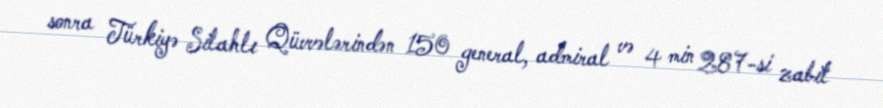
sonra Türkiyə Silahlı Qüvvələrindən 150 general, admiral və 4 min 287-si zabit